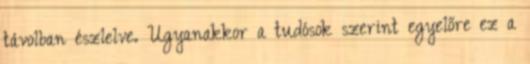
távolban észlelve. Ugyanakkor a tudósok szerint egyelőre ez a